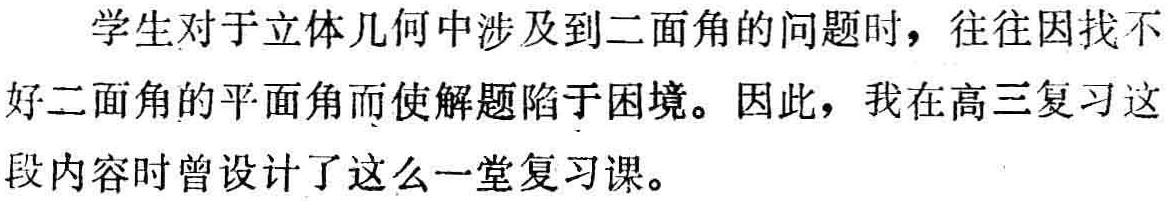
学生对于立体几何中涉及到二面角的问题时，往往因找不好二面角的平面角而使解题陷于困境。因此，我在高三复习这段内容时曾设计了这么一堂复习课。